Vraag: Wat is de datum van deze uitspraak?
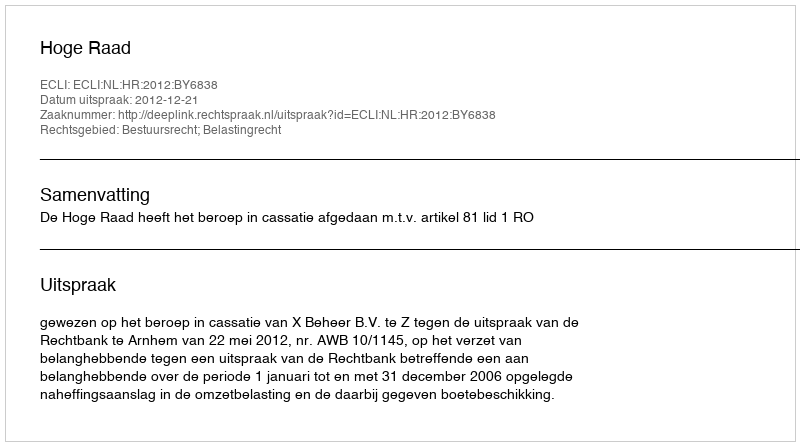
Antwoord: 2012-12-21